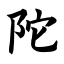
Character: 陀